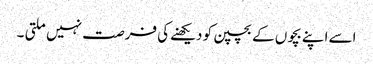
اسے اپنے بچوں کے بچپن کو دیکھنےکی فرصت نہیں ملتی ۔